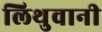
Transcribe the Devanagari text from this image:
लिथुवानी